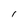
Character: I